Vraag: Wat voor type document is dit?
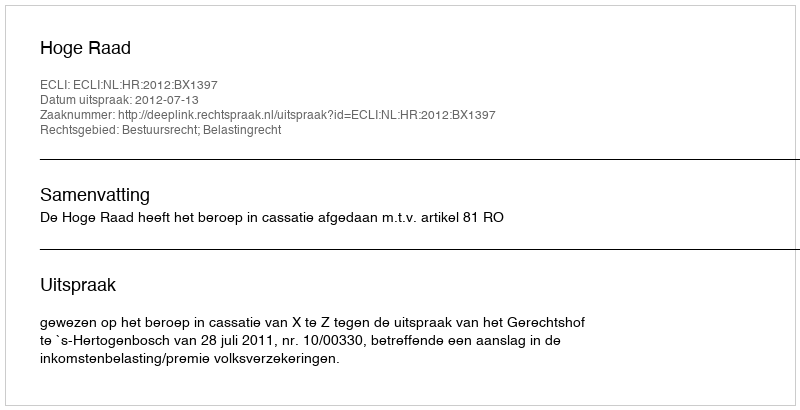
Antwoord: Uitspraak